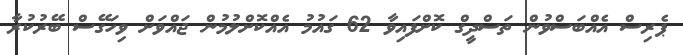
ޕެރިސް އެއްބަސްވުން ތަސްދީގް ކޮށްފައިވާ 62 ގައުމު އެއްކޮށްލުމުން ޖައްވަށް ވިހަގޭސް ބޭރުކުރާ